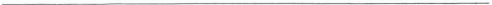
___